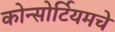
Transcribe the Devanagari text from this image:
कोन्सोर्टियमचे